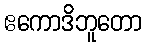
ဧကောဒိဘူတော